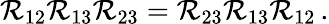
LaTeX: \mathcal{R}_{12}\mathcal{R}_{13}\mathcal{R}_{23}=\mathcal{R}_{23}\mathcal{R}_{13}\mathcal{R}_{12}\, .